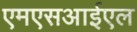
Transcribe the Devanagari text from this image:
एमएसआईएल